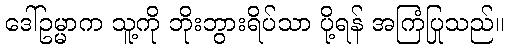
ဒေါ်ဥမ္မာက သူ့ကို ဘိုးဘွားရိပ်သာ ပို့ရန် အကြံပြုသည်။